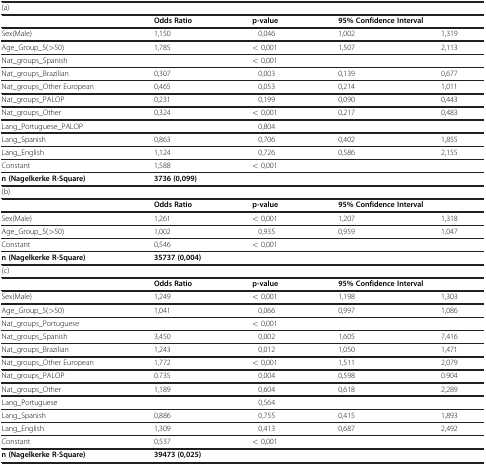
<table><thead><tr><td><b>(a)</b></td><td><b> </b></td><td><b> </b></td><td colspan="2"><b> </b></td></tr></thead><tbody><tr><td> </td><td><b>Odds Ratio</b></td><td><b>p-value</b></td><td colspan="2"><b>95% Confidence Interval</b></td></tr><tr><td>Sex(Male)</td><td>1,150</td><td>0,046</td><td>1,002</td><td>1,319</td></tr><tr><td>Age_Group_5(&gt;50)</td><td>1,785</td><td>&lt; 0,001</td><td>1,507</td><td>2,113</td></tr><tr><td>Nat_groups_Spanish</td><td> </td><td>&lt; 0,001</td><td> </td><td> </td></tr><tr><td>Nat_groups_Brazilian</td><td>0,307</td><td>0,003</td><td>0,139</td><td>0,677</td></tr><tr><td>Nat_groups_Other European</td><td>0,465</td><td>0,053</td><td>0,214</td><td>1,011</td></tr><tr><td>Nat_groups_PALOP</td><td>0,231</td><td>0,199</td><td>0,090</td><td>0,443</td></tr><tr><td>Nat_groups_Other</td><td>0,324</td><td>&lt; 0,001</td><td>0,217</td><td>0,483</td></tr><tr><td>Lang_Portuguese_PALOP</td><td> </td><td>0,804</td><td> </td><td> </td></tr><tr><td>Lang_Spanish</td><td>0,863</td><td>0,706</td><td>0,402</td><td>1,855</td></tr><tr><td>Lang_English</td><td>1,124</td><td>0,726</td><td>0,586</td><td>2,155</td></tr><tr><td>Constant</td><td>1,588</td><td>&lt; 0,001</td><td> </td><td> </td></tr><tr><td><b>n (Nagelkerke R-Square)</b></td><td colspan="4"><b>3736 (0,099)</b></td></tr><tr><td>(b)</td><td colspan="4"> </td></tr><tr><td> </td><td><b>Odds Ratio</b></td><td><b>p-value</b></td><td colspan="2"><b>95% Confidence Interval</b></td></tr><tr><td>Sex(Male)</td><td>1,261</td><td>&lt; 0,001</td><td>1,207</td><td>1,318</td></tr><tr><td>Age_Group_5(&gt;50)</td><td>1,002</td><td>0,935</td><td>0,959</td><td>1,047</td></tr><tr><td>Constant</td><td>0,546</td><td>&lt; 0,001</td><td> </td><td> </td></tr><tr><td><b>n (Nagelkerke R-Square)</b></td><td colspan="4"><b>35737 (0,004)</b></td></tr><tr><td>(c)</td><td colspan="4"> </td></tr><tr><td> </td><td><b>Odds Ratio</b></td><td><b>p-value</b></td><td colspan="2"><b>95% Confidence Interval</b></td></tr><tr><td>Sex(Male)</td><td>1,249</td><td>&lt; 0,001</td><td>1,198</td><td>1,303</td></tr><tr><td>Age_Group_5(&gt;50)</td><td>1,041</td><td>0,066</td><td>0,997</td><td>1,086</td></tr><tr><td>Nat_groups_Portuguese</td><td> </td><td>&lt; 0,001</td><td> </td><td> </td></tr><tr><td>Nat_groups_Spanish</td><td>3,450</td><td>0,002</td><td>1,605</td><td>7,416</td></tr><tr><td>Nat_groups_Brazilian</td><td>1,243</td><td>0,012</td><td>1,050</td><td>1,471</td></tr><tr><td>Nat_groups_Other European</td><td>1,772</td><td>&lt; 0,001</td><td>1,511</td><td>2,079</td></tr><tr><td>Nat_groups_PALOP</td><td>0.735</td><td>0,004</td><td>0,598</td><td>0.904</td></tr><tr><td>Nat_groups_Other</td><td>1,189</td><td>0,604</td><td>0,618</td><td>2,289</td></tr><tr><td>Lang_Portuguese</td><td> </td><td>0,564</td><td> </td><td> </td></tr><tr><td>Lang_Spanish</td><td>0,886</td><td>0,755</td><td>0,415</td><td>1,893</td></tr><tr><td>Lang_English</td><td>1,309</td><td>0,413</td><td>0,687</td><td>2,492</td></tr><tr><td>Constant</td><td>0,537</td><td>&lt; 0,001</td><td> </td><td> </td></tr><tr><td><b>n (Nagelkerke R-Square)</b></td><td colspan="4"><b>39473 (0,025)</b></td></tr></tbody></table>